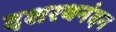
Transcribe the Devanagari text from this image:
दशरथनंदन